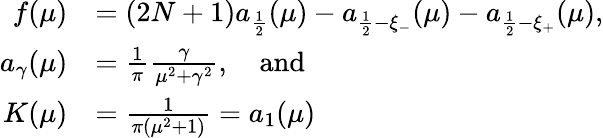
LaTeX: \begin{array}{rl}{f(\mu)}&{=(2N+1)a_{\frac 12}(\mu)-a_{\frac{1}{2}-\xi_{-}}(\mu)-a_{\frac{1}{2}-\xi_{+}}(\mu),}\\ {a_{\gamma}(\mu)}&{=\frac{1}{\pi}\frac{\gamma}{\mu^{2}+\gamma^{2}},\quad\mathrm{and}}\\ {K(\mu)}&{=\frac{1}{\pi\left(\mu^{2}+1\right)}=a_{1}(\mu)}\end{array}